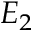
E _ { 2 }